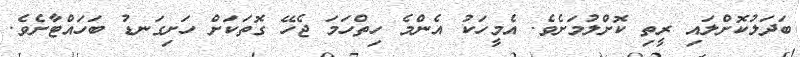
ބަދަލުކޮށްލައި ރީތި ކޮށްލުމަށެވެ. އެމީހަކު އެންމެ ހިތްހަމަ ޖެހޭ ގޮތަކަށް ހަށިގަނޑު ބަހައްޓާށެވެ.